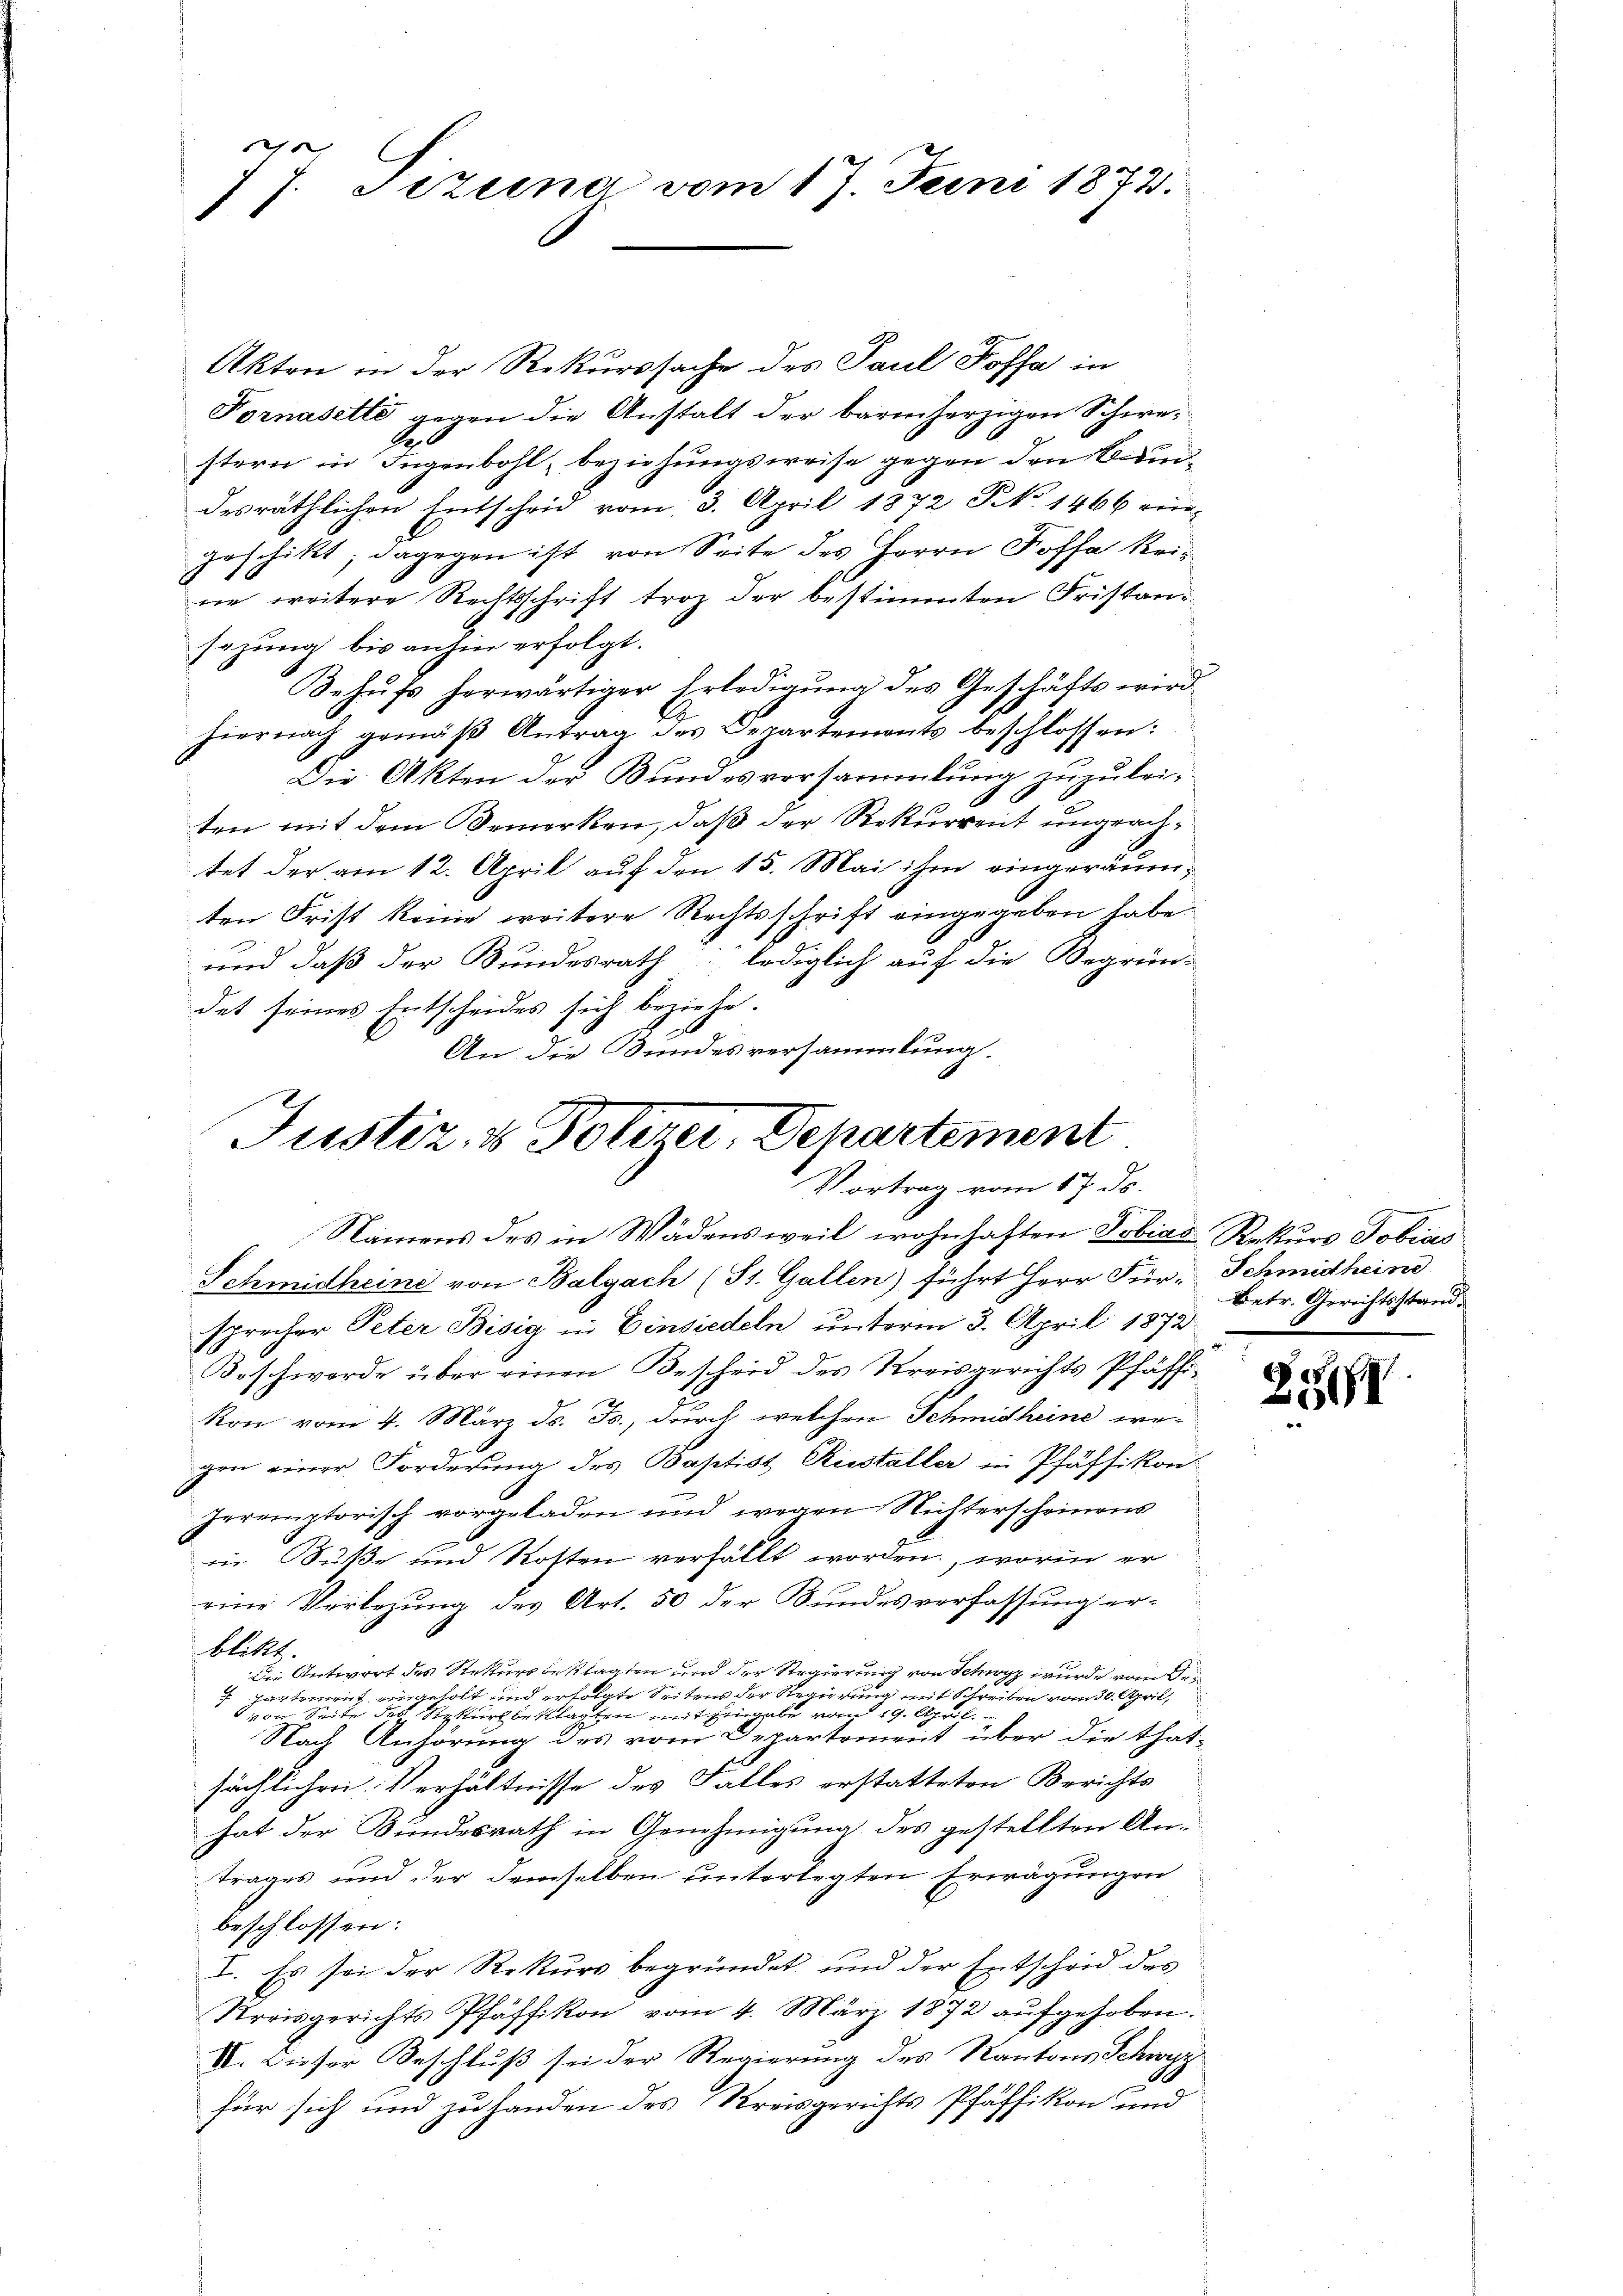
C
7 J. Sizung vom 17. Juni 1872.

Akten in der Rekurssache des Paul Poffa in
Fornasette gegen die Anstalt der barmherzigen Schwestern in Jugenbohl, beziehungsweise gegen den Bundesräthlichen Entscheid vom 3. April 1872 No 1466 eingeschikt; dagegen ist von Seite des Herrn Fossa keine weitere Rechtsschrift troz der bestimmten Fristansezung bis anhin erfolgt.
Behŭfs herwärtiger Erledigŭng des Geschäfts wird
hiernach gemäß Antrag des Departemonts beschlossen:
Die Akten der Bundesversammlung zuzulei-
.
ten mit dem Bemerken, daß der Rekurrent ungeachtet der am 12. April auf den 15. Mai ihm eingeräumten Frist keine weitere Rechtsschrift eingegeben habe.
und daß der Bundesrath lediglich auf die Begründet seines Entscheides sich beziehe.
Schmidheine von Balgach (St. Gallen) führt Herr Für-Schmidheine
sprecher Peter Bisig in Einsiedeln unterm 3. April 1873
Beschwerde über einen Bescheid des Kreisgerichts Pfäffi¬
Ron vom 4. März d. Js., durch welchen Schmidheine wegen einer Forderung des Baptist Rusteller in Pfäffikon
peremptorisch vorgeladen und wegen Nichterscheinens
in Buße und Kosten verfällt worden, worin er
eine Verlegung des Art. 50 der Bundesverfassung erblikt
Die Antwort des Rekursbeklagten und der Regierung von Schwyz wurde vom Dr
 partement en solt und erfolgte Seitens der Regierung mit Schreiben vom 30. April,
za die des Rekurs bessen mit Eingabe von den
Nach Anhörung des vom Departement über die thatsächlichen Verhältnisse des Falles erstatteten Berichts
hat der Bundesrath in Genehmigung des gestellten Antrages und der demselben unterlegten Erwägungen
beschlossen:
I. Es sei der Rekurs begründet und der Entscheid des
Nreisgerichts Pfäffikon vom 4. März 1872 aufgehoben.
VI. Dieser Beschluß sei der Regierung des Kantons Schwyz
für sich und zu handen des Kreisgerichts Pfäffikon und

An die Bundesversammlung.
Justiz- & Polizer, Departement
Vortrag vom 17. ds.
Namens des in Wädensweil wohnhaften Tobias Rekurs Tobias

Betr. Gerichtsstand.

e
8